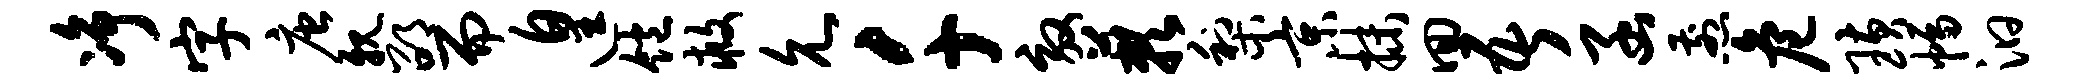
净字唐亲邵而遑饱救允千效蔌梨京抹回吾函煎危璜幅汩